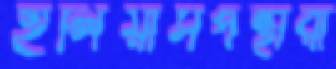
ইলিয়াসপন্থীরা